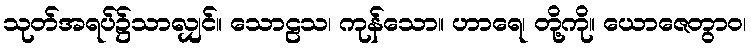
သုတ်အရပ်၌သာလျှင်။ သောဠသ၊ ကုန်သော။ ဟာရေ၊ တို့ကို။ ယောဇေတွာဝ၊